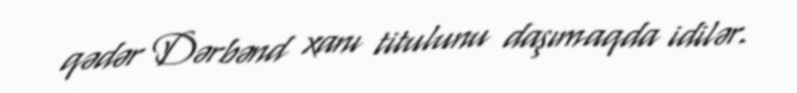
qədər Dərbənd xanı titulunu daşımaqda idilər.